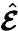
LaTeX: \hat{\boldsymbol{{\cal E}}}